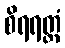
စိရရတ္တံ